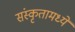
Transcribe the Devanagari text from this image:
संस्कृतामध्ये